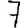
Digit: 7